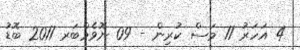
4 އަހަރު 11 މަސް ކުރިން - 09 ނޮވެމްބަރ 2011 ބޮޑު